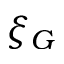
\xi _ { G }